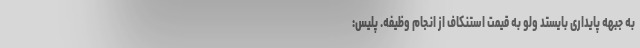
به جبهه پایداری بایستد ولو به قیمت استنکاف از انجام وظیفه. پلیس: